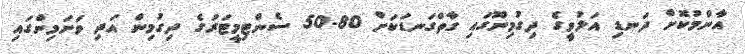
އާންމުކޮށް ދަނޑި އަލުވީގެ ދިގުމިނޫގައި ގާތްގަނޑަކަށް 80-50 ސެންޓިމީޓަރުގެ ދިގުމިން އަދި ވަށަމިންގައި